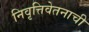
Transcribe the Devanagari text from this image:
निवृत्तिवेतनाची